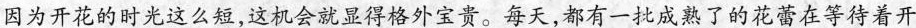
因为开花的时光这么短，这机会就显得格外宝贵。每天，都有一批成熟了的花蕾在等待着开